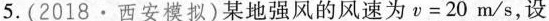
5.(2018·西安模拟)某地强风的风速为v=20m/s，设